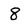
Character: 8